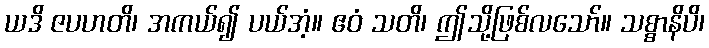
ယဒိ ဇပဟတိ၊ အကယ်၍ ပယ်အံ့။ ဧဝံ သတိ၊ ဤသို့ဖြစ်လသော်။ သစ္စာနိပိ၊